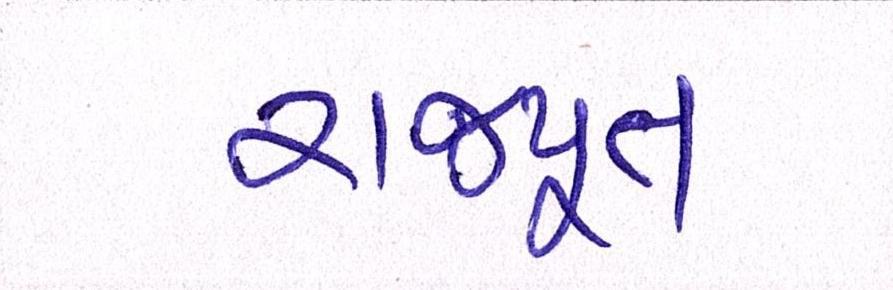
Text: રાજપૂત